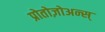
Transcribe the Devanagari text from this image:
प्रोतोज़ोअन्स्